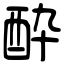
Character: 酔